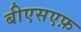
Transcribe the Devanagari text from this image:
बीएसएफ़